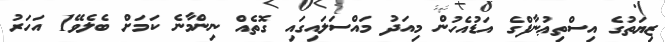
ޒިޔަތުގެ އިސްތިޢުނާފްގެ އަޑުއެހުން މިއަދު މައްސަލައިގައި ގޮތެއް ނިންމާނެ ކަމަށް ބެލެވޭ1 އަހަރު